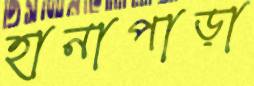
হানাপাড়া